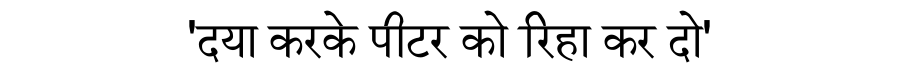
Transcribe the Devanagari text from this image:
'दया करके पीटर को रिहा कर दो'